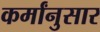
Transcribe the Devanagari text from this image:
कर्मांनुसार